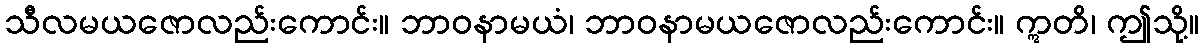
သီလမယဇောလည်းကောင်း။ ဘာဝနာမယံ၊ ဘာဝနာမယဇောလည်းကောင်း။ ဣတိ၊ ဤသို့။